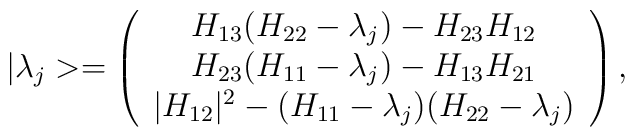
|\lambda_{j}>=\left(\begin{array}{c}H_{13}(H_{22}-\lambda_{j})-H_{23}H_{12}\\H_{23}(H_{11}-\lambda_{j})-H_{13}H_{21}\\|H_{12}|^{2}-(H_{11}-\lambda_{j})(H_{22}-\lambda_{j})\end{array}\right),